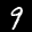
Label: 9